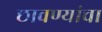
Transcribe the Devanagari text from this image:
छावण्यांचा